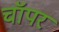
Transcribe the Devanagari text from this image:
चॉपर